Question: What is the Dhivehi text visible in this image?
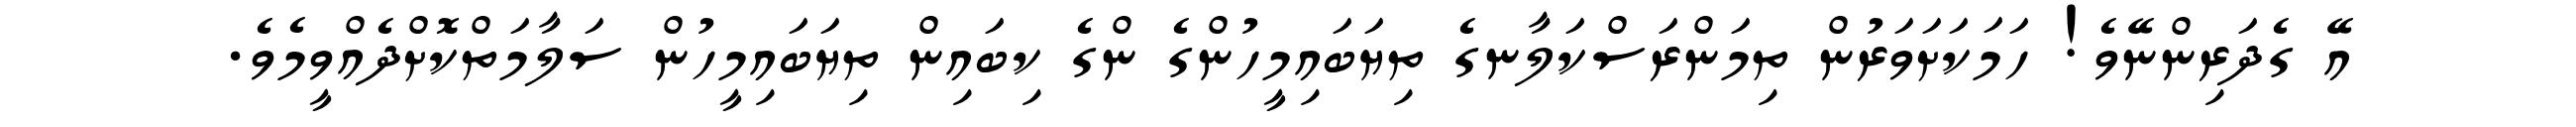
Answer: އޭ ގެދަރިންނޭވެ! ހަމަކަށަވަރުން ތިމަންރަސްކަލާނގެ ތިޔަބައިމީހުންގެ ންގެ ކިބައިން ތިޔަބައިމީހުން ސަލާމަތްކޮށްދެއްވީމެވެ.